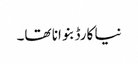
نیا کارڈ بنوانا تھا۔